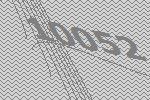
10052